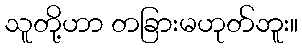
သူတို့ဟာ တခြားမဟုတ်ဘူး။